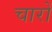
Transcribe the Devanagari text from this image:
चारों